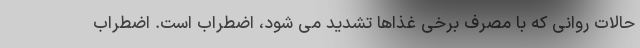
حالات روانی که با مصرف برخی غذاها تشدید می شود، اضطراب است. اضطراب